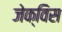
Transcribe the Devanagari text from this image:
जेक्विस